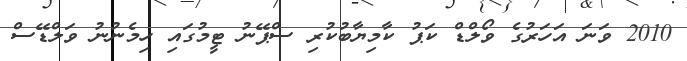
2010 ވަނަ އަހަރުގެ ވޯލްޑް ކަޕު ކާމިޔާބުކުރި ސްޕޭނު ޓީމުގައި ހިމެނުނު ވަލްޑޭސް